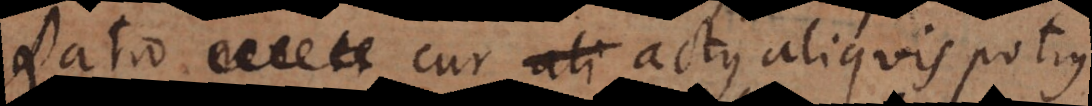
Ratio cur actus aliquis potius